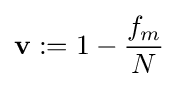
\mathbf {v} :=1-{\frac {f_{m}}{N}}